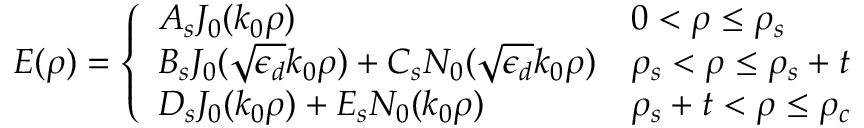
E ( \rho ) = \left\{ \begin{array} { l l } { A _ { s } J _ { 0 } ( k _ { 0 } \rho ) } & { 0 < \rho \leq \rho _ { s } } \\ { B _ { s } J _ { 0 } ( \sqrt { \epsilon _ { d } } k _ { 0 } \rho ) + C _ { s } N _ { 0 } ( \sqrt { \epsilon _ { d } } k _ { 0 } \rho ) } & { \rho _ { s } < \rho \leq \rho _ { s } + t } \\ { D _ { s } J _ { 0 } ( k _ { 0 } \rho ) + E _ { s } N _ { 0 } ( k _ { 0 } \rho ) } & { \rho _ { s } + t < \rho \leq \rho _ { c } } \end{array} \right.